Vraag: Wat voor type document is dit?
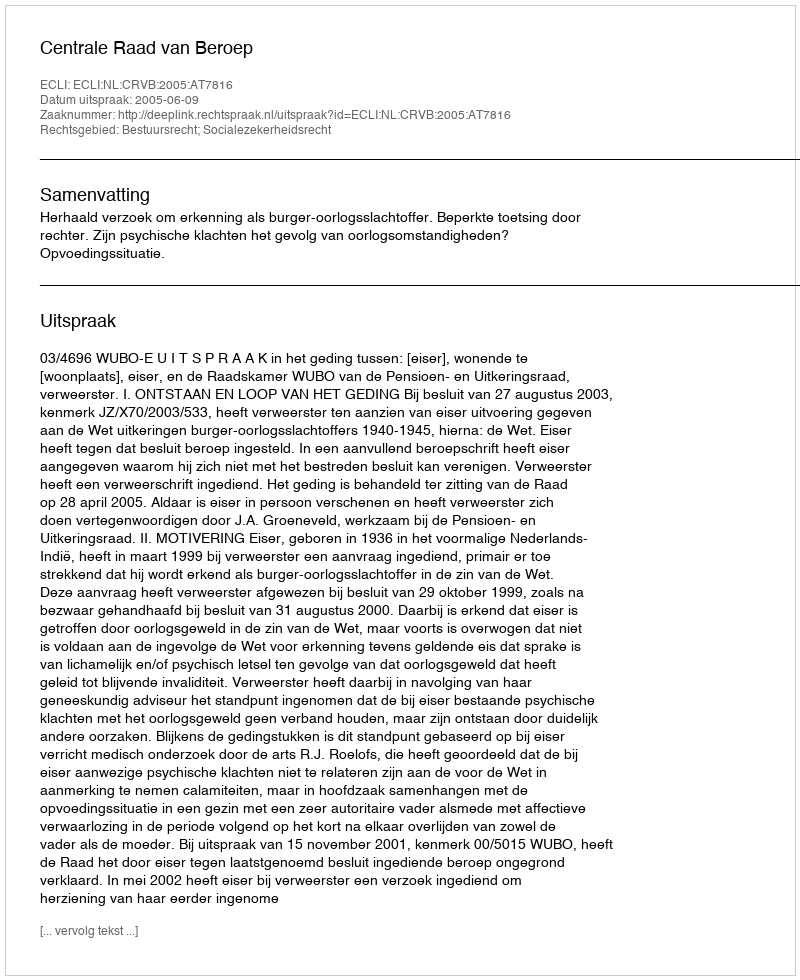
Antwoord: Uitspraak